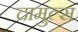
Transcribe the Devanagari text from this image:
दामुल्स